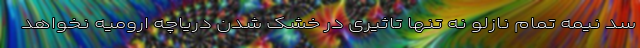
سد نیمه تمام نازلو نه تنها تاثیری در خشک شدن دریاچه ارومیه نخواهد